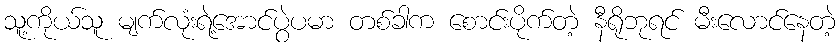
သူ့ကိုယ်သူ မျက်လုံးရဲ့အောင်ပွဲပမာ တစ်ခါက စောင်းပိုက်တဲ့ နီရိုဘုရင် မီးလောင်နေတဲ့